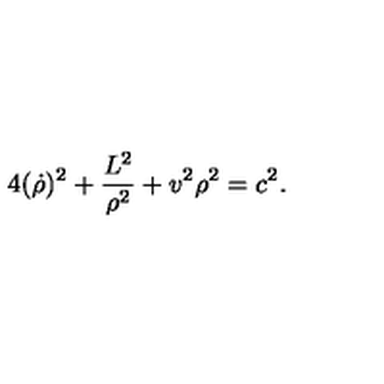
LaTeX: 4 ( \dot { \rho } ) ^ { 2 } + \frac { L ^ { 2 } } { \rho ^ { 2 } } + v ^ { 2 } \rho ^ { 2 } = c ^ { 2 } .